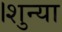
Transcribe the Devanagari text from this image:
।शुन्या